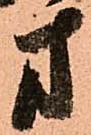
方